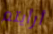
أرأيتم